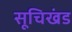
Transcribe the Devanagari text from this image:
सूचिखंड